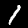
Label: 1